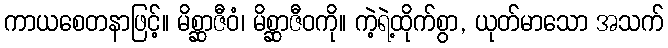
ကာယစေတနာဖြင့်။ မိစ္ဆာဇီဝံ၊ မိစ္ဆာဇီဝကို။ ကဲ့ရဲ့ထိုက်စွာ, ယုတ်မာသော အသက်